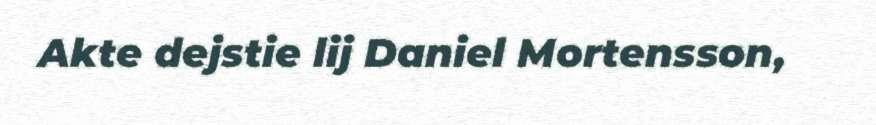
Akte dejstie lij Daniel Mortensson,